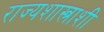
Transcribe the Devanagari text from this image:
राज्यशास्त्राशी